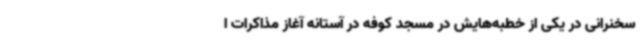
سخنرانی در یکی از خطبه‌هایش در مسجد کوفه در آستانه آغاز مذاکرات ا